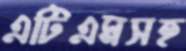
এটিএমসহ